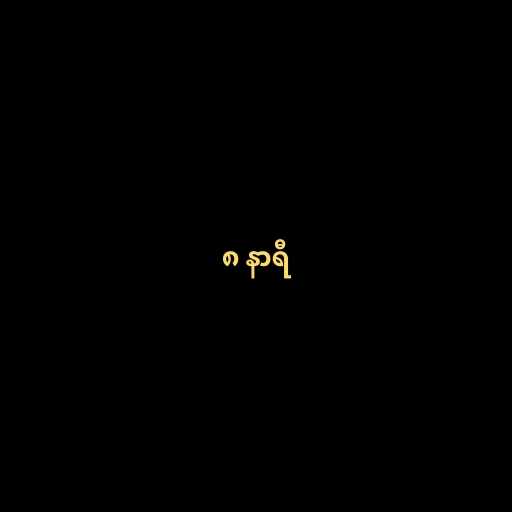
၈ နာရီ